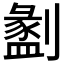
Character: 𠠂